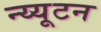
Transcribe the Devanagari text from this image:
न्य्यूटन